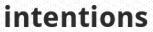
intentions